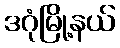
ဒဂုံမြို့နယ်